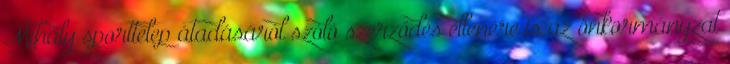
Mihály sporttelep átadásáról szóló szerződés ellenére is az önkormányzat